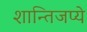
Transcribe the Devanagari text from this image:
शान्तिजप्ये